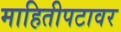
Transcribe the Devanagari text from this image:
माहितीपटावर